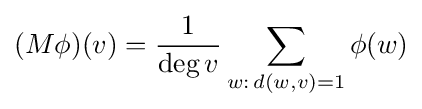
(M\phi )(v)={\frac {1}{\deg v}}\sum _{w:\,d(w,v)=1}\phi (w)